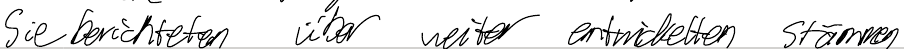
Sie berichteten über weiter entwickelten Stämmen